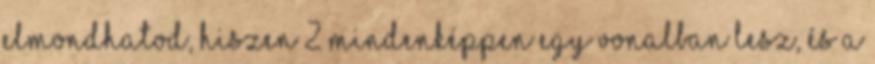
elmondhatod, hiszen 2 mindenképpen egy vonalban lesz, és a